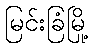
မြင်းခြံမြို့